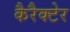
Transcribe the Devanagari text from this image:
कैरैक्टेर